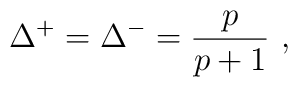
\Delta ^{+}=\Delta ^{-}=\frac{p}{p+1}\, \, ,